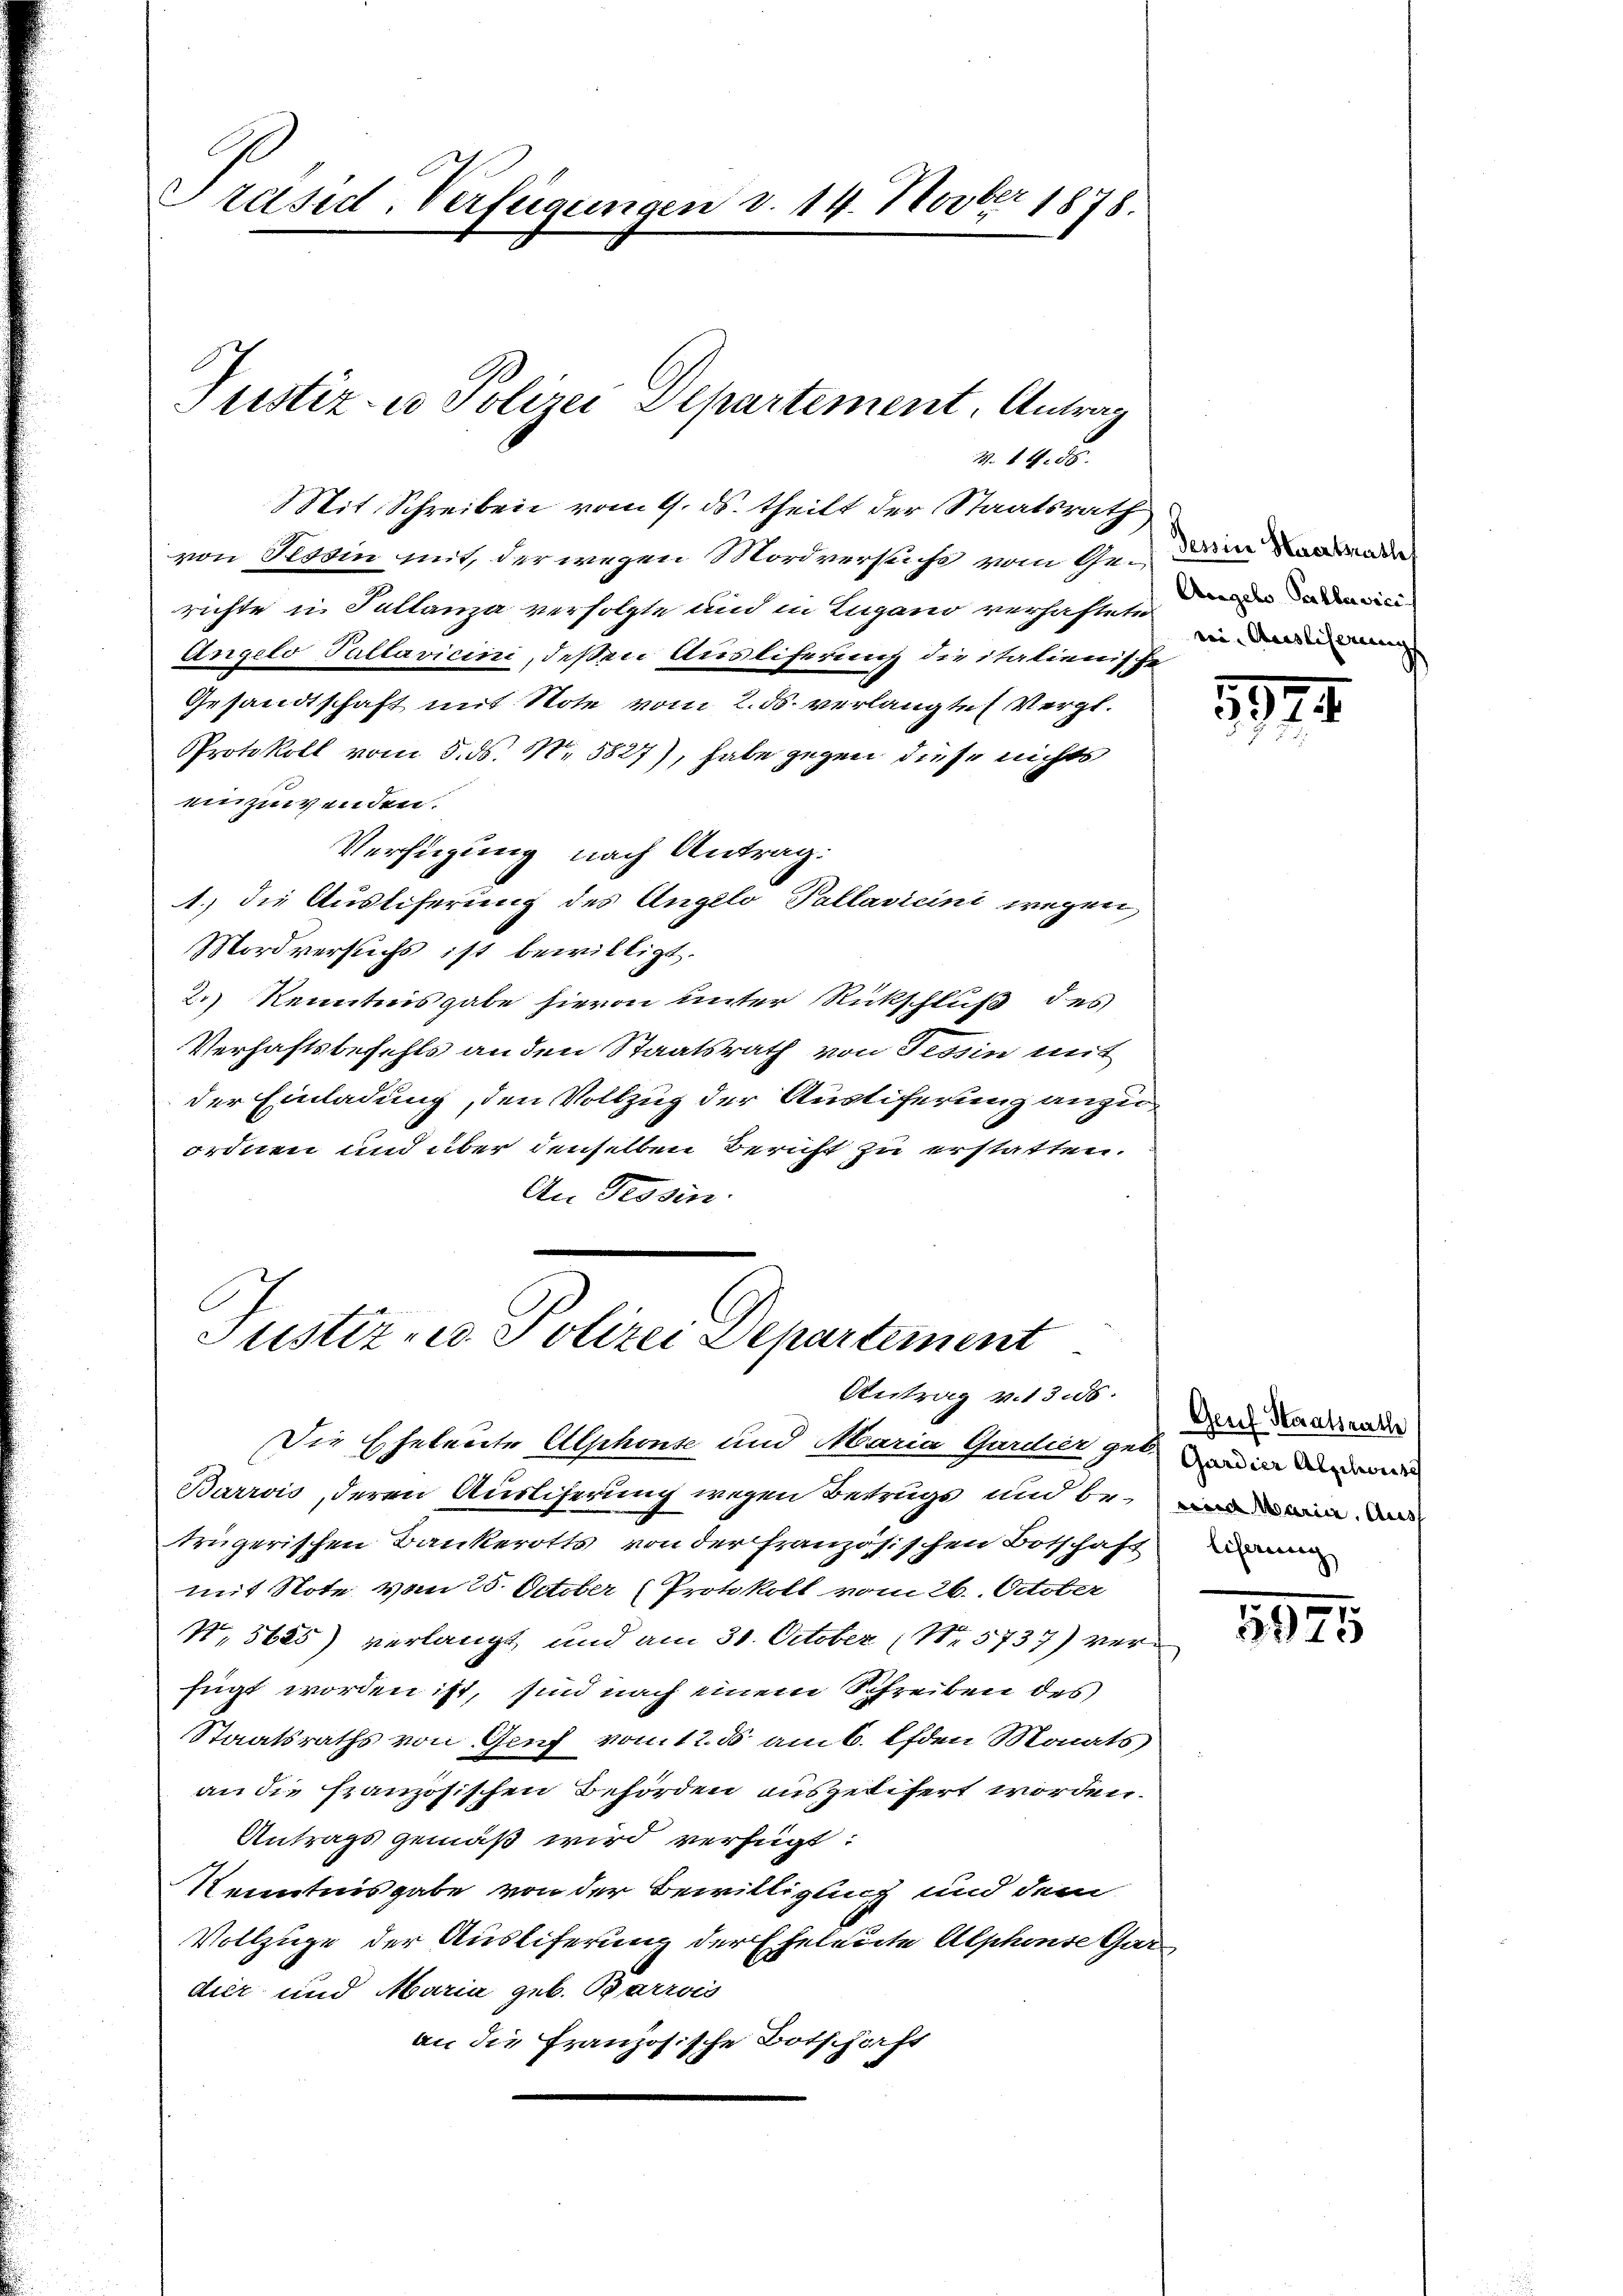
Präsid. Verfügungen v. 14. Novber 1878.

Mit Schreiben vom 9. ds. theilt der Staatsrath
von Tessin mit, der wegen Mordversuche vom Ge- dem Bode
richte in Sellanza verfolgte und in Lugano verhafteten an
Angelo Tallavicini, deßen Ausliferung die italienische
Gesandtschaft mit Note vom 2. ds. verlangte Vergl.
Protokoll vom 5. ds. N. 5827), habe gegen diese nichts
einzuwenden.
Verfügung nach Antrag:
1.) die Auslieferung des Angelo Pallavicini wegen,
Mordversuchs ist bewilligt.
2.) Kenntnisgabe hievon unter Rückschluß des
Verhaftsbefehls an den Staatsrath von Tessin mit
der Einladung, den Vollzug der Austiferung anzuordnen und über denselben Bericht zu erstatten.
An Tessin

Justiz- u Polizei Departement. Antrag

Z. 14. 86.

Justiz- u. Polizei Departement
Antrag v. 1355.

Die Eheleute Alphonse und Maria Garder gesund in der
Barrois, deren Auslicherung wegen Betrugs und bei in d
trügerischen Bankerotts von der französischen Botschaft de
mit Note vom 25. October (Protokoll vom 26. October
N. 5685) verlangt und am 31. October (N. 5737) verfügt worden ist, sind nach einem Schreiben des
Staatsraths von Gruf von 12. d. am 6. Efden Monats
an die französischen Behörden ausgelifert worden
Antrags gemäß wird verfügt:
Kenntnisgabe von der Bewilligung und dem
Vollzüge der Ausliferung der Eheleute Alphonse Gar
dier und Maria geb. Barris
an die französische Botschaft

rei. Ausliserungs

1874.

Genf Staatsrathe

3994